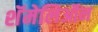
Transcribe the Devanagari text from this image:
शॅमेलिऑन